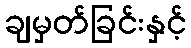
ချမှတ်ခြင်းနှင့်